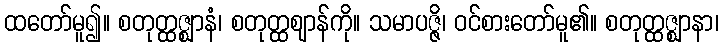
ထတော်မူ၍။ စတုတ္ထဇ္ဈာနံ၊ စတုတ္ထဈာန်ကို။ သမာပဇ္ဇိ၊ ဝင်စားတော်မူ၏။ စတုတ္ထဇ္ဈာနာ၊